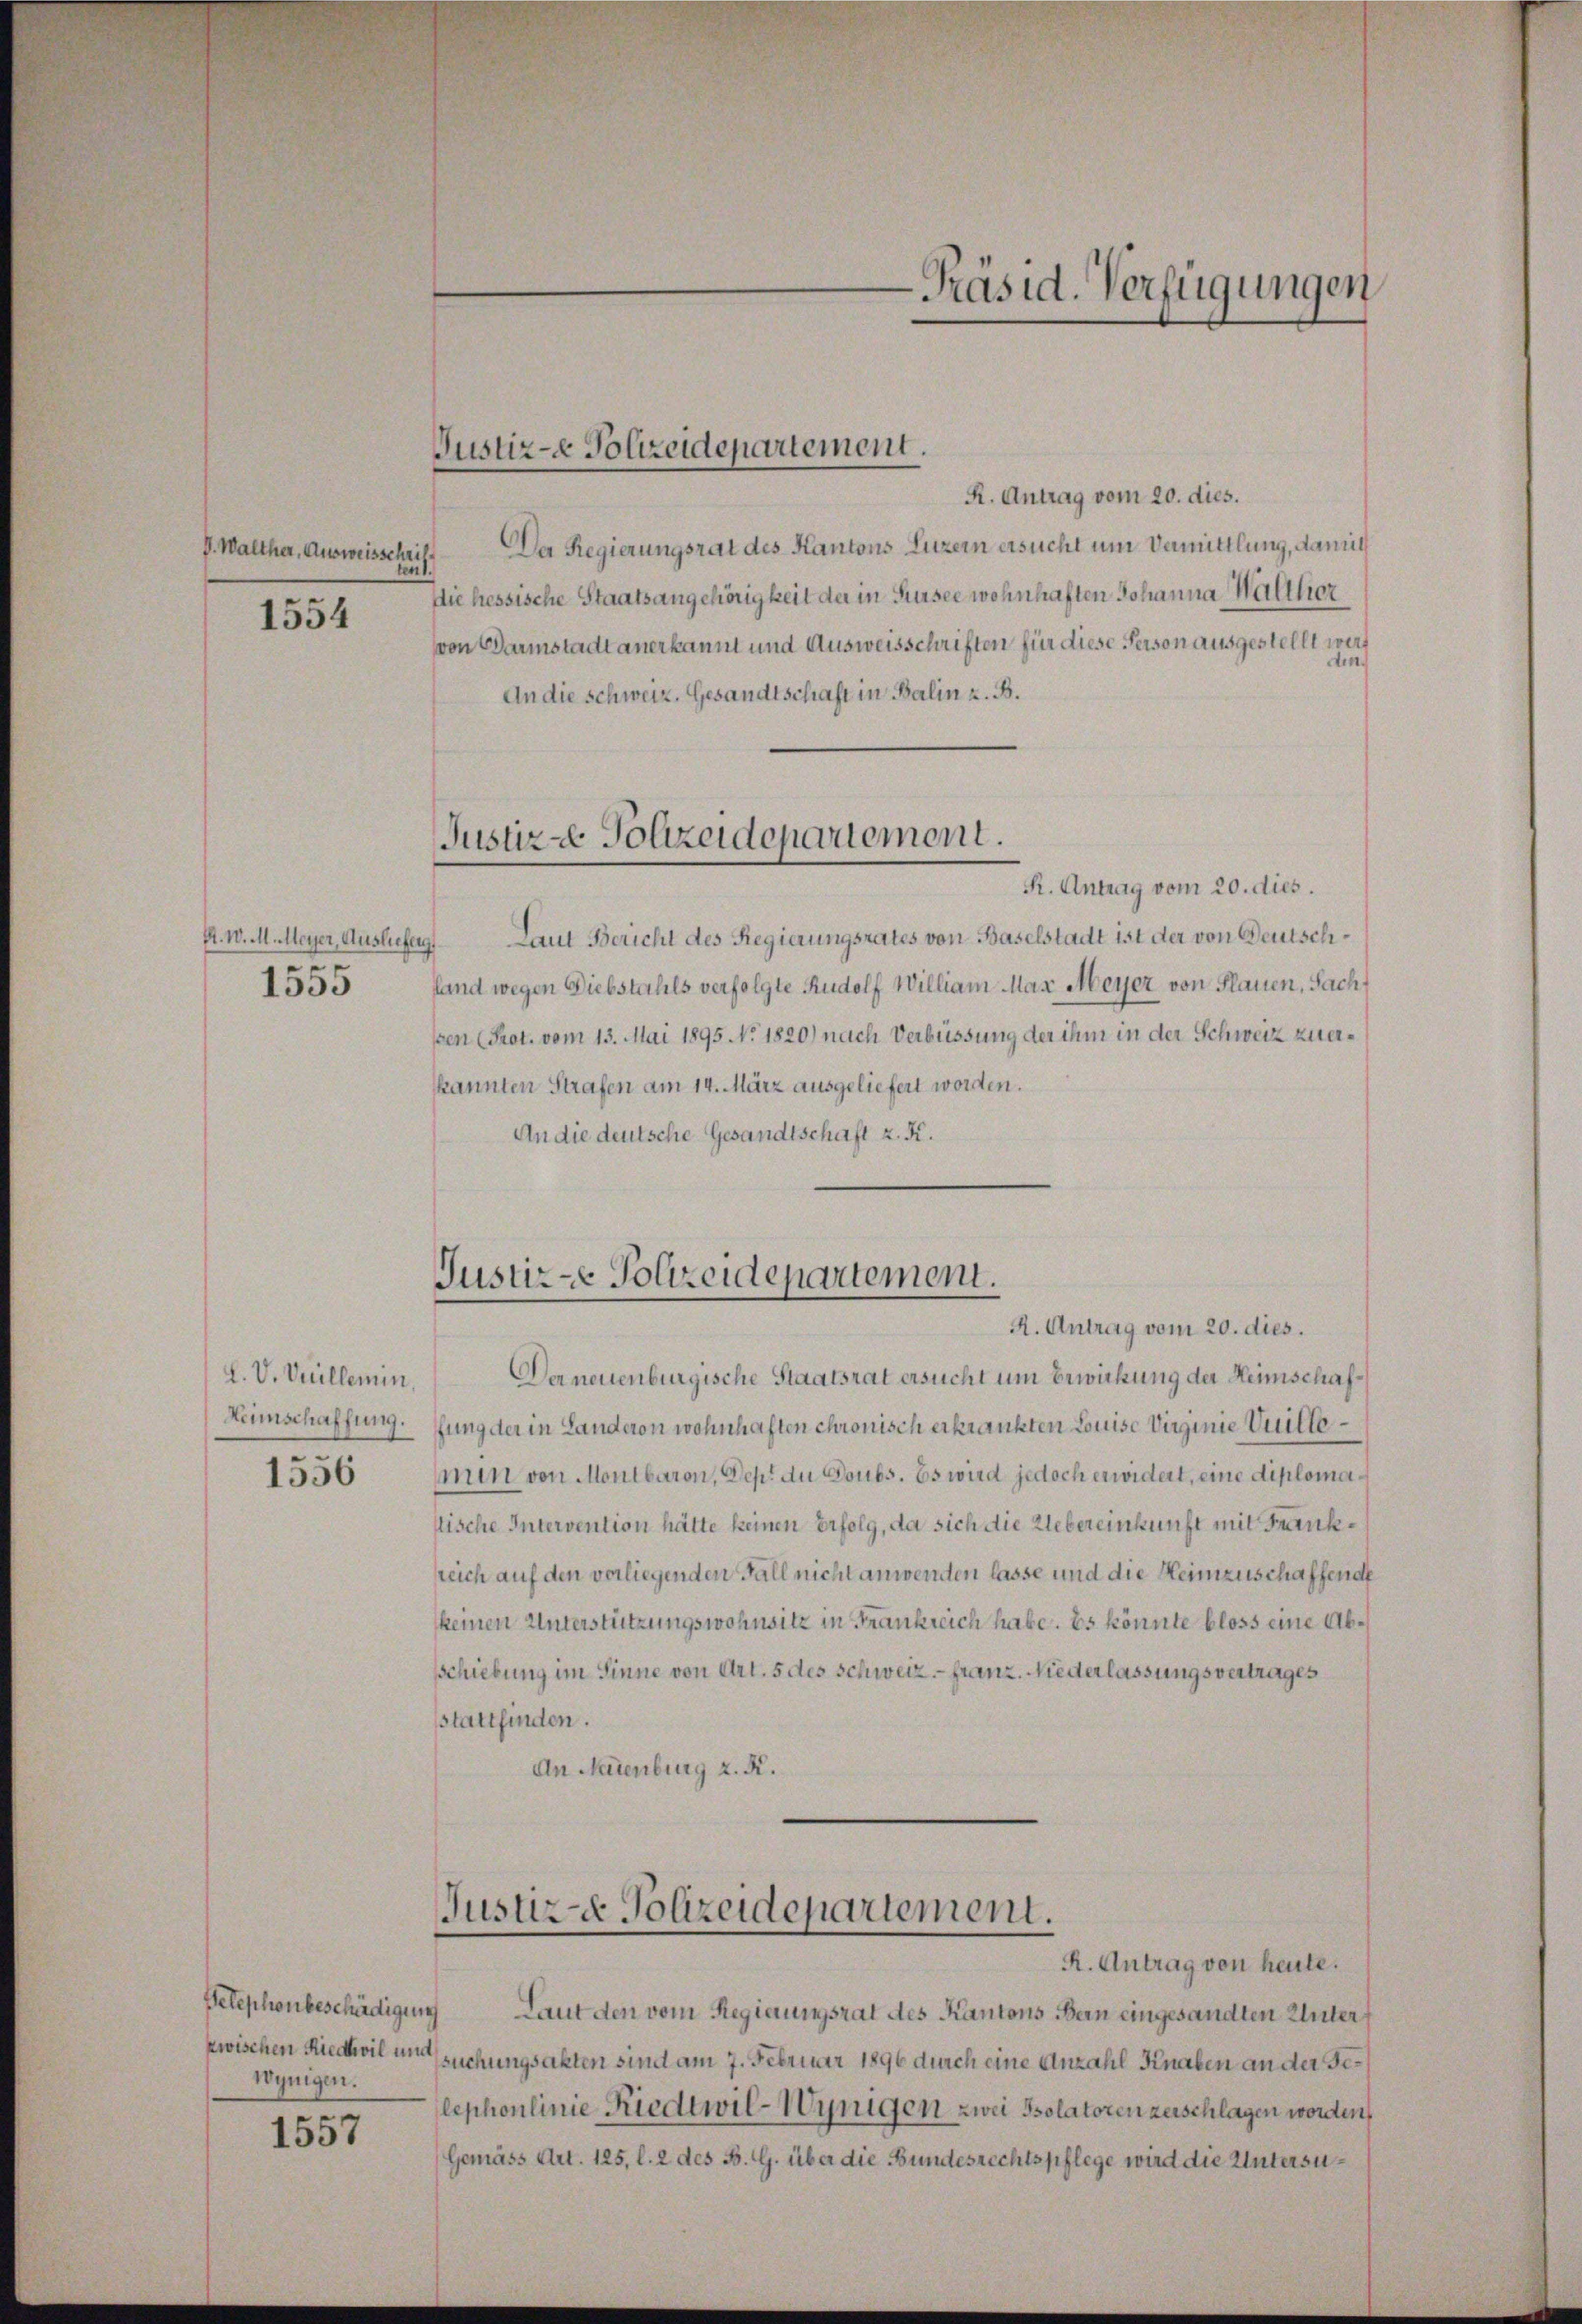
V. Walther, Ausweisschrif
ten1.

1554

E. W. M. Meyer, Auslieferg
.
1555

L.V. Vuillemin
1556

zwischen Riedteil und
Wynigen.

1557

Justiz- Polizeidepartement.

R. Antrag vom 20. dies.
Da Regierungsrat des Kantons Luzern ersucht um Vermittlung, damit
die hessische Staatsangehörigkeit der in Sursee wohnhaften Johanna Hallhier
von Darmstadt anerkannt und Ausweisschriften für diese Person ausgestellt werdin.
An die Schweiz. Gesandtschaft in Balin z. B.
Justiz - Polizeidepartement.
R. Antrag vom 20. dies.
Laut Bericht des Regierungsrates von Baselstadt ist der von Deutschlland wegen Diebstahls verfolgte Rudolf William Max Meyer von Plauen, Sach
sten (Prot. vom 13. Mai 1895 NNo. 1820.) nach Verbüssung der ihm in der Schweiz zuerkannten Strafen am 14. März ausgeliefert worden.
An die deutsche Gesandtschaft z. K.

Justiz-e Polizeidepartement.
A. Antrag vom 20. dies.

-Präsid. Verfügungen

Der neuenburgische Staatsrat ersucht um Bewirkung der Heimschaf¬
Heimschaffung. Jung der in Landeron wohnhaften chronisch erkrankten Louise Virginie Vuittemin von Montbaron, Dept. du doubs. Es wird jedoch erwidert, eine diplomastische Intervention hätte keinen Erfolg, da sich die Uebereinkunft mit Franksreich auf den verliegenden Fall nicht anwenden lasse und die Heimzuschaffende
keinen Unterstützungswohnsitz in Frankreich habe. Es könnte bloss eine Abschiebung im Sinne von Art. 5 des Schweiz.- Franz. Niederlassungsvertrages
sstattfinden.
An Neuenburg z. R.

Justiz- & Polizeidepartement.
R. Antrag von heute.

Telephonbeschädigung Laut den vom Regierungsrat des Kantons Bern eingesandten Untersuchungsakten sind am 7. Februar 1896 durch eine Anzahl Knaben an der Selephonlinie Riedtwil-Wynigen zwei Psolatoren zerschlagen worden,
Gemäss Art. 125, l. 2 des B. G. über die Bundesrechtspflege wird die Untersu¬